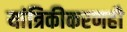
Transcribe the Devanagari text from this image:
यांत्रिकीकरणही